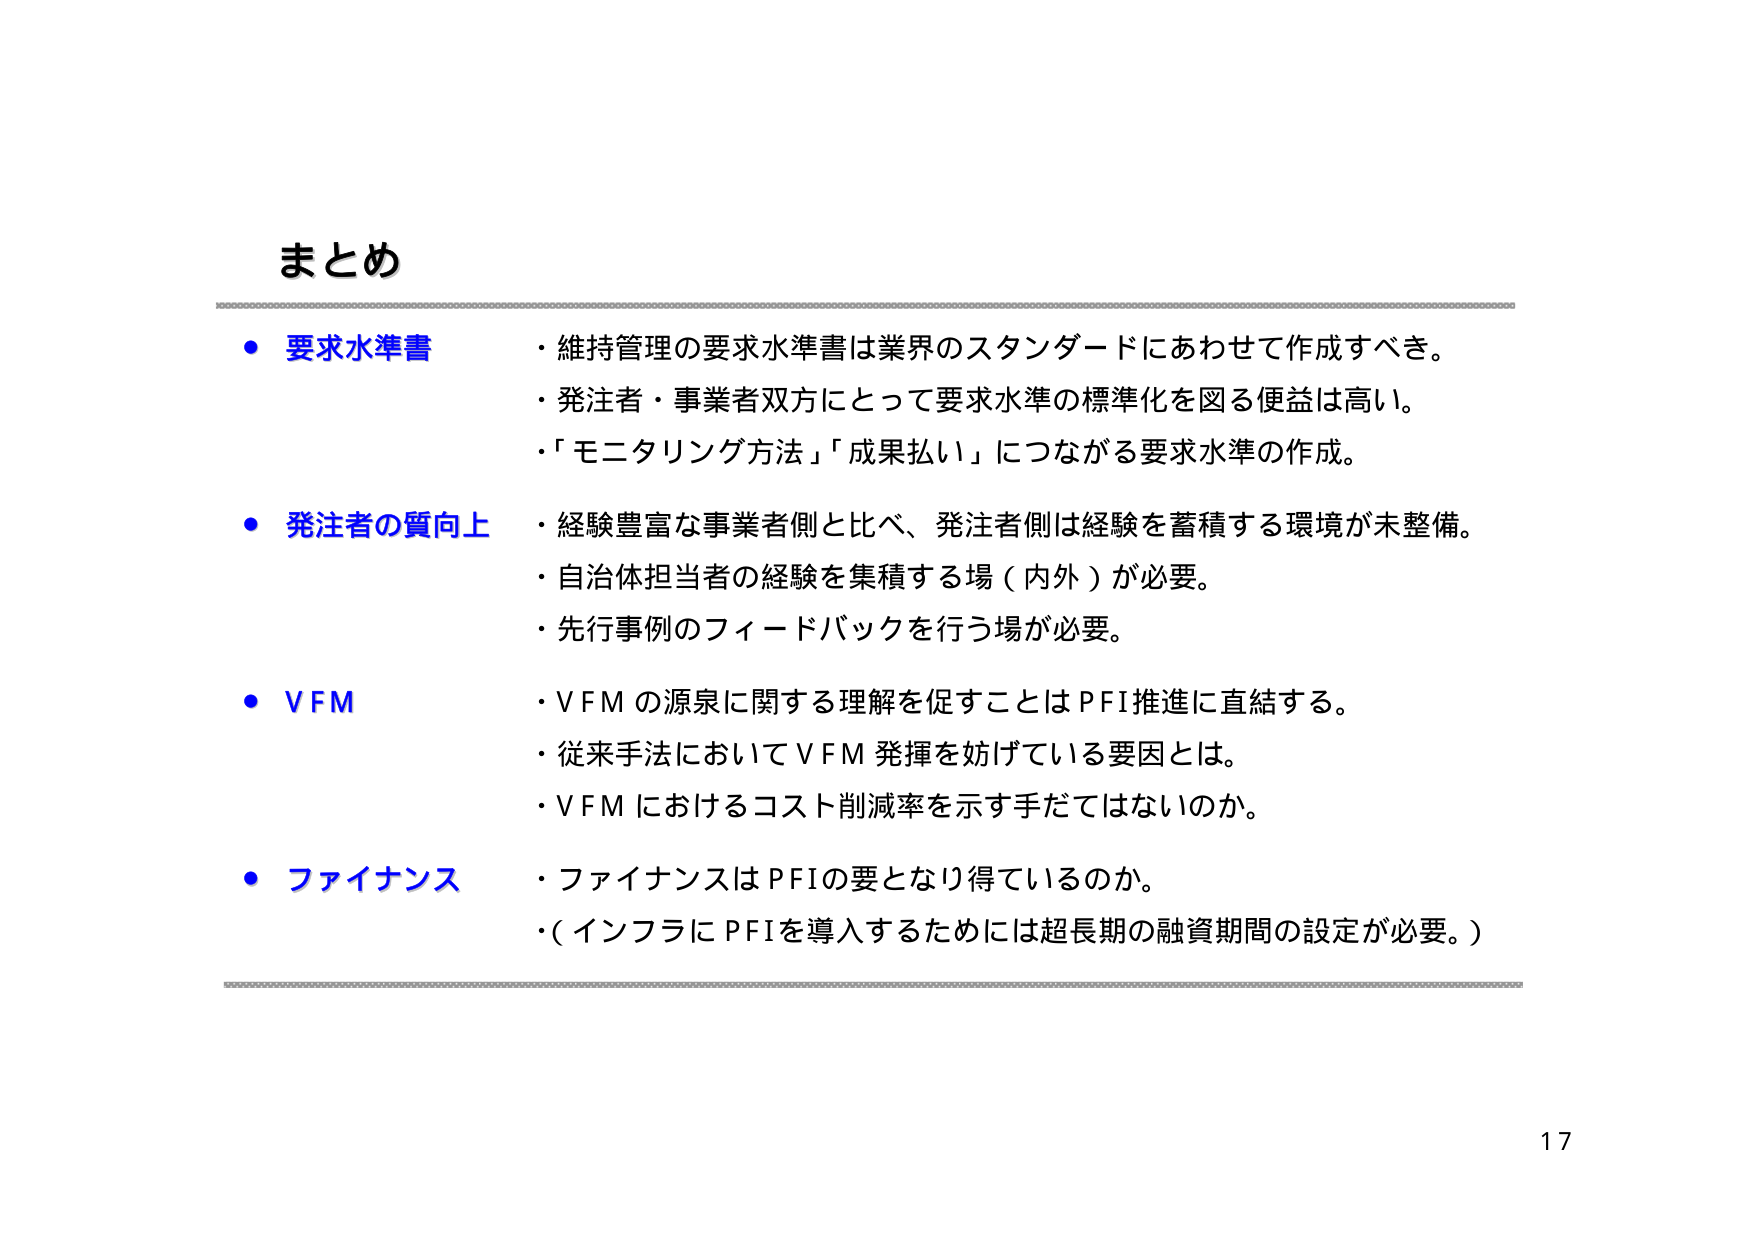
まとめ

・要求水準書
・維持管理の要求水準書は業界のスタンダードにあわせて作成すべき。
・発注者・事業者双方にとって要求水準の標準化を図る便益は高い。
・「モニタリング方法」「成果払い」につながる要求水準の作成。

・発注者の質向上
・経験豊富な事業者側と比べ、発注者側は経験を蓄積する環境が未整備。
・自治体担当者の経験を集積する場（内外）が必要。
・先行事例のフィードバックを行う場が必要。

・VFM
・VFMの源泉に関する理解を促すことはPFI推進に直結する。
・従来手法においてVFM発揮を妨げている要因とは。
・VFMにおけるコスト削減率を示す手だてはないのか。

・ファイナンス
・ファイナンスはPFIの要となり得ているのか。
・（インフラにPFIを導入するためには超長期の融資期間の設定が必要。）

17